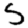
Digit: 5